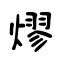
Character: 熮